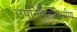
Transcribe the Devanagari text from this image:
उपनिवेशनिर्माण